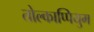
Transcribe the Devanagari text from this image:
तोल्काप्पियुम